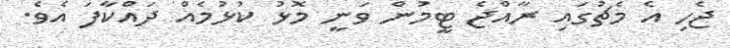
ޖެހި އެ މެޗުގައި ރާއްޖެ ޓީމުން ވަނީ މޮޅު ކުޅުމެއް ދައްކާފަ އެވެ.